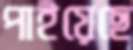
পাইয়েছে